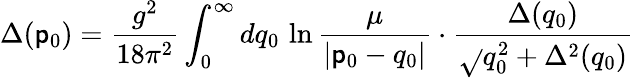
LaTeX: \Delta(\mathsf{p}_{0})={\frac{{g^{2}}}{{18\pi^{2}}}}\int_{0}^{\infty}dq_{0}\, \ln{\frac{{\mu}}{{|\mathsf{p}_{0}-q_{0}|}}}\cdot{\frac{{\Delta(q_{0})}}{{\sqrt{}{{q_{0}^{2}+\Delta^{2}(q_{0})}}}}}